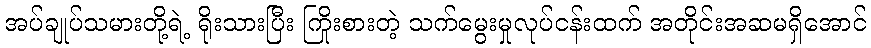
အပ်ချုပ်သမားတို့ရဲ့ ရိုးသားပြီး ကြိုးစားတဲ့ သက်မွေးမှုလုပ်ငန်းထက် အတိုင်းအဆမရှိအောင်